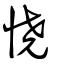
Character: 憢